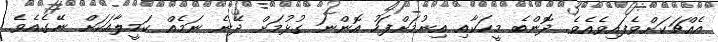
އެއްޗަކަށްވެފައިވެއެވެ. ދޮންބެ މީހަކާއި އިނުމަށްފަހު އޮންނަ ގުޅުމަށް ދޭނެ ނަމެއް ކަމީލާއަކަށް ނޭގެއެވެ.